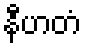
နီဟတံ